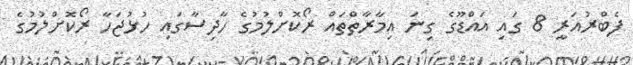
ފެބްރުއަރީ 8 ގައި އައްޑޫގެ ގިނަ އިމާރާތްތައް ރޯކޮށްލުމުގެ ހާދިސާގައި ހުޅުޖަހާ ރޯކޮށްލުމުގެ